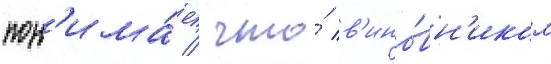
пон'има́ет / что́ в'ино́вн'иком